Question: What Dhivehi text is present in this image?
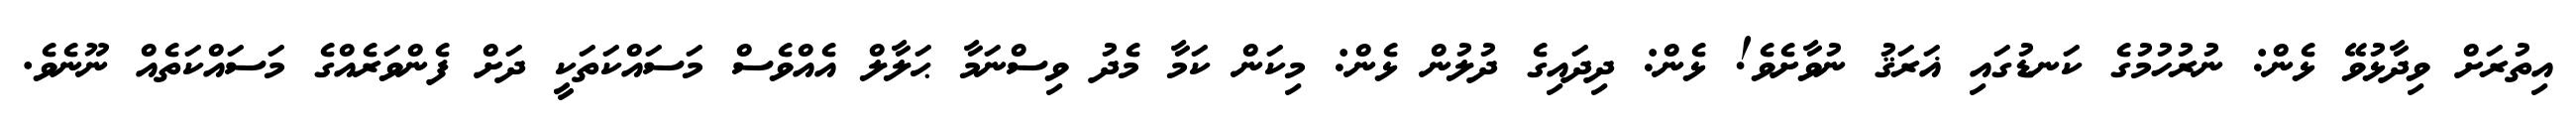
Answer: އިތުރަށް ވިދާޅުވޭ ޅެން: ނުރުހުމުގެ ކަނޑުގައި ޣަރަޤު ނުވާށެވެ! ޅެން: ދިދައިގެ ދުލުން ޅެން: މިކަން ކަމާ މެދު ވިސްނަމާ ޙަލާލް އެއްވެސް މަސައްކަތަކީ ދަށް ފެންވަރެއްގެ މަސައްކަތެއް ނޫނެވެ.